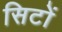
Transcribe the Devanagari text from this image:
सिटों